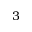
3